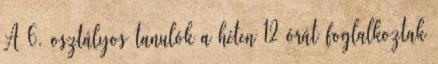
A 6. osztályos tanulók a héten 12 órát foglalkoztak